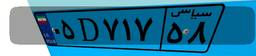
۲۵D۳۲۶۲۲